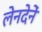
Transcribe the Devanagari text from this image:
लेनदेनें